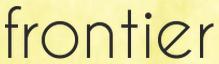
frontier